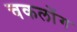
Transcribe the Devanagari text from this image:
चकलोंग